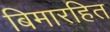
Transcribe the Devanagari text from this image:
बिमारहित